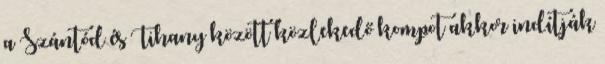
a Szántód és Tihany között közlekedő kompot akkor indítják